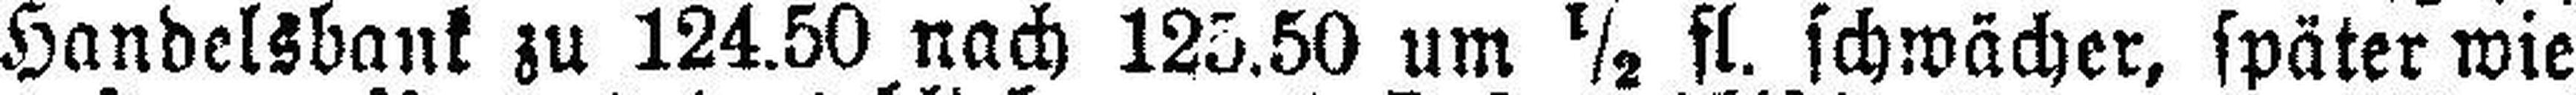
Handelsbank zu 124.50 nach 125.50 um ½ fl. schwächer, später wie